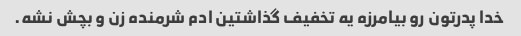
خدا پدرتون رو بیامرزه یه تخفیف گذاشتین ادم شرمنده زن و بچش نشه.